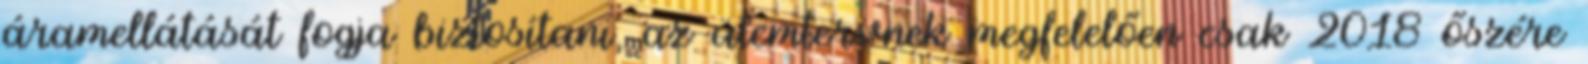
áramellátását fogja biztosítani, az ütemtervnek megfelelően csak 2018 őszére